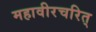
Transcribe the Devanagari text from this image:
महावीरचरित्